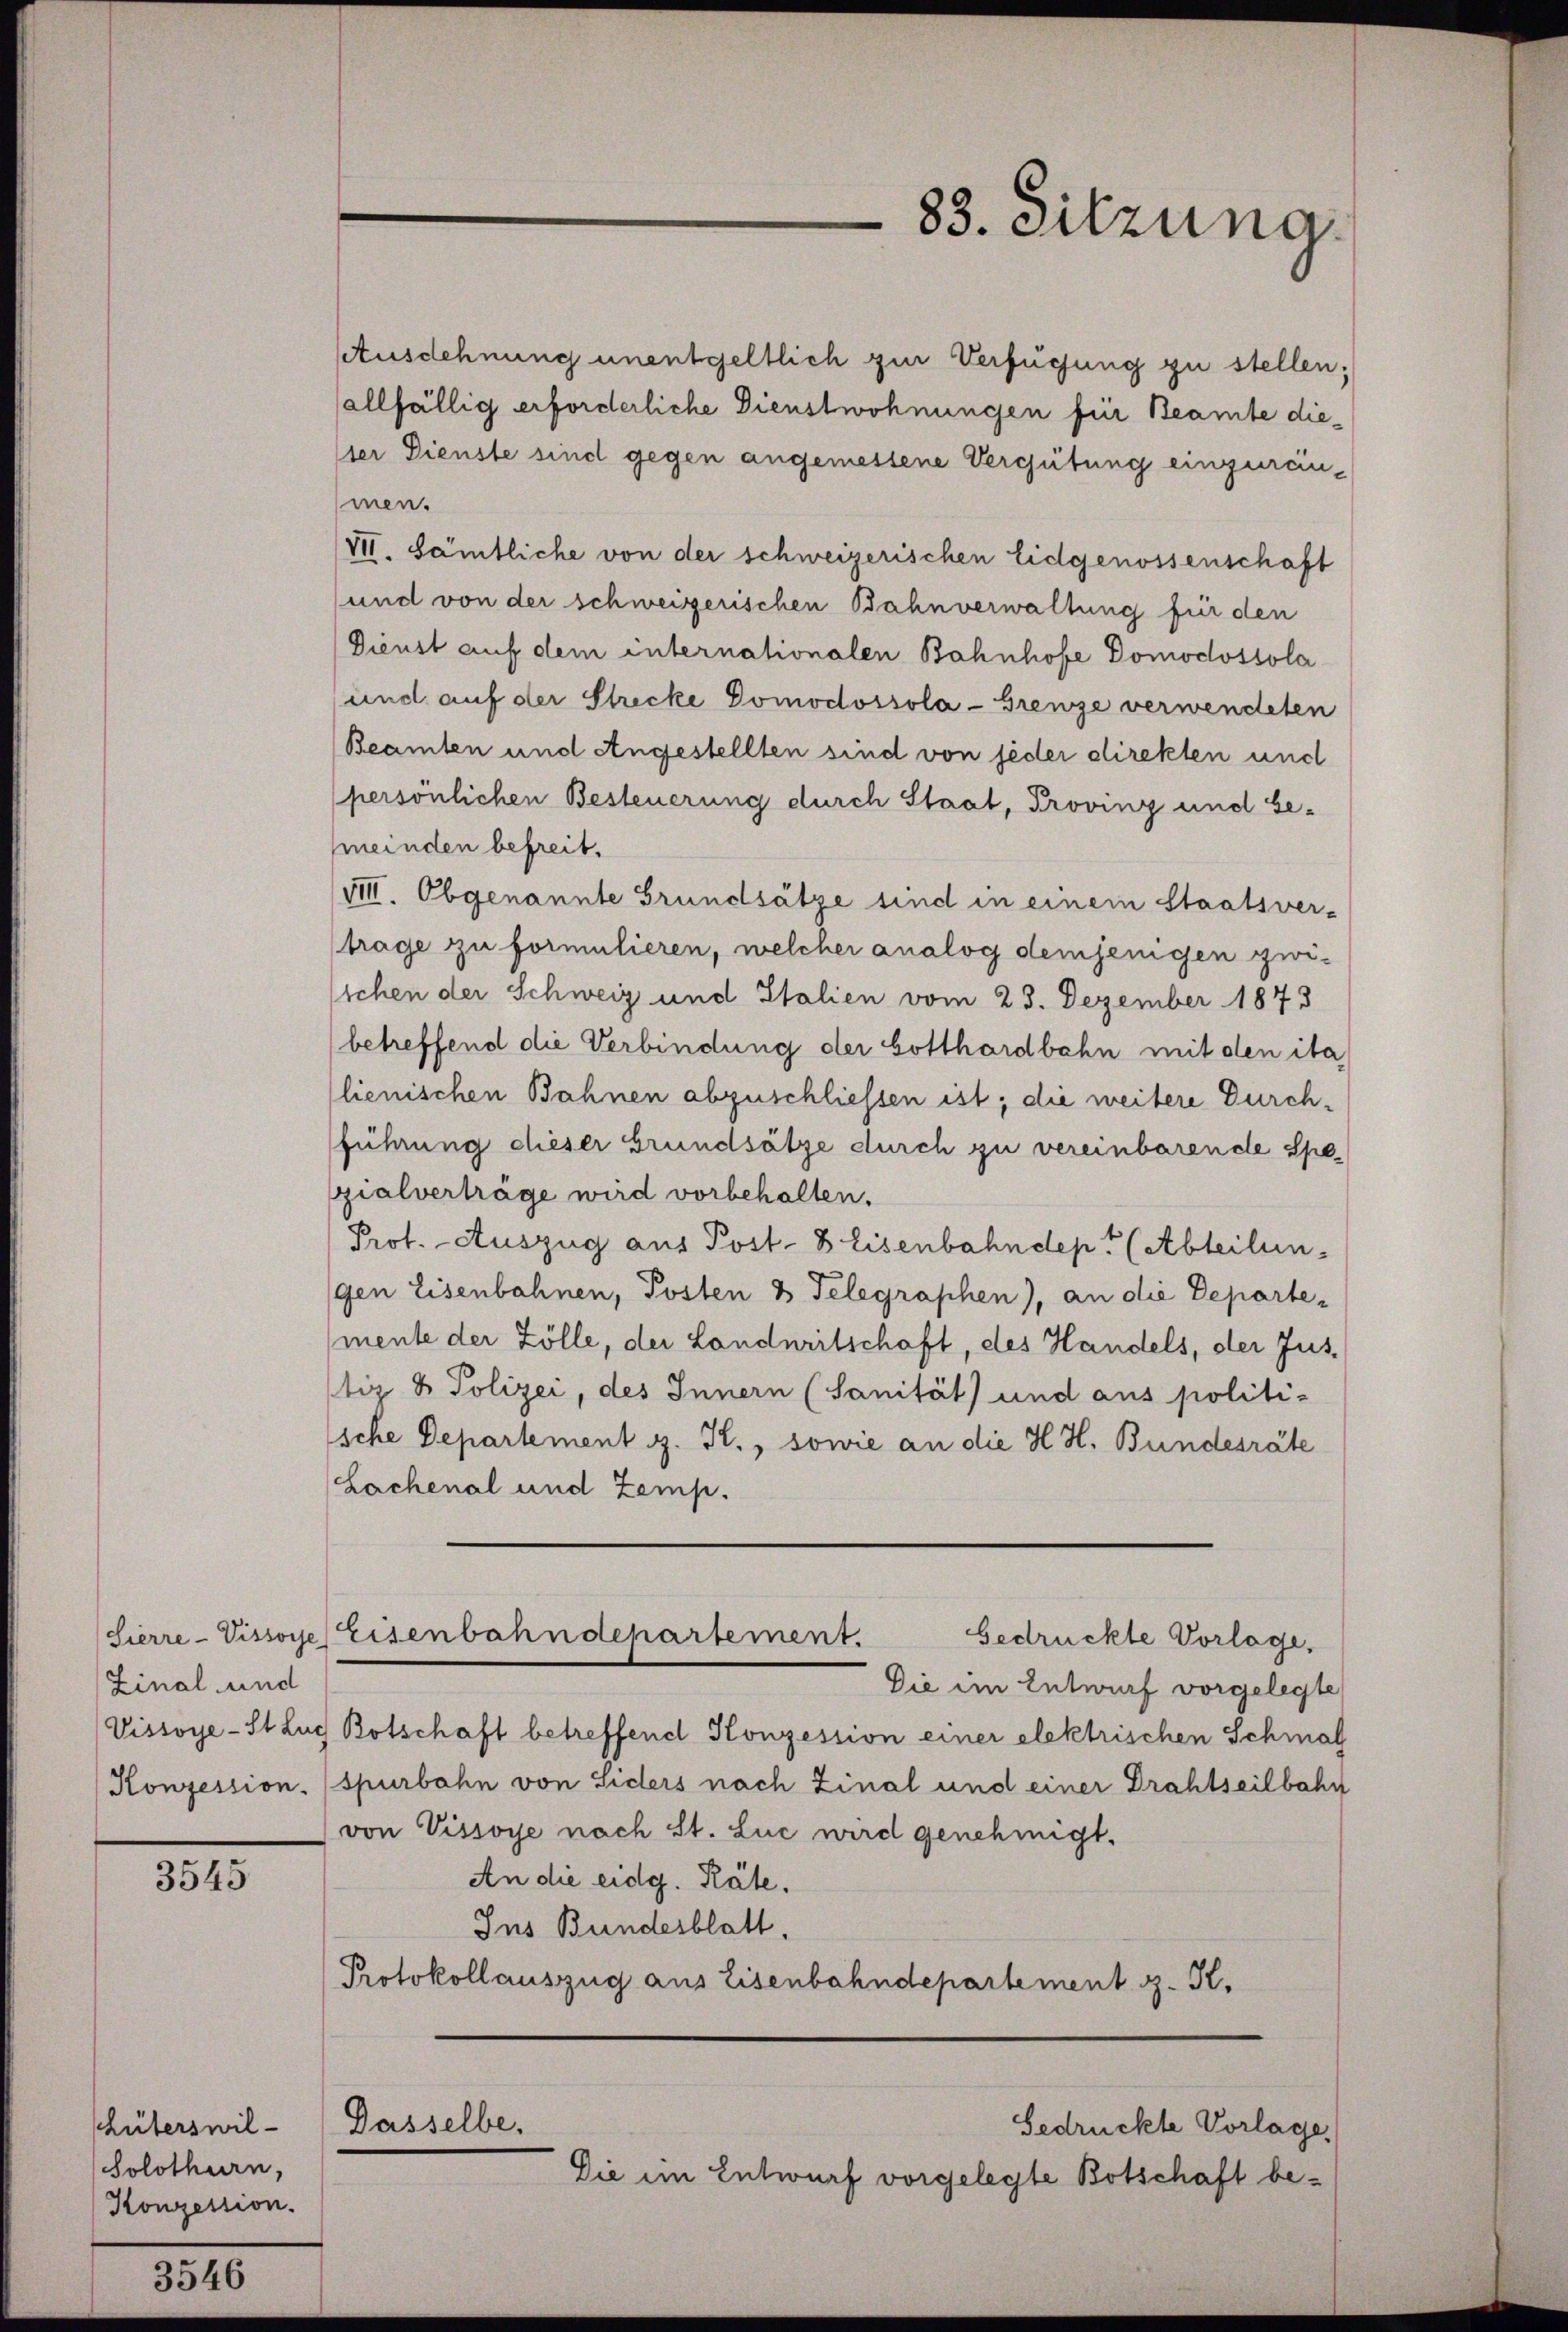
Zinal und
Vissoye-St Lis
Konzession.

3545

hüterswil-
Solothurn,
Konzession.

3546

83. Sitzung

Ausdehnung unentgeltlich zur Verfügung zu stellen;
allfällig erforderliche Dienstwohnungen für Beamte dielter Dienste sind gegen angemessene Vergütung einzureinmen.
VII. Sämtliche von der schweizerischen Eidgenossenschaft
und von der schweizerischen Bahnverwaltung für den
Dienst auf dem internationalen Bahnhofe Domodossola
und auf der Strecke Domodossola-Grenze verwendeten
Beamten und Angestellten sind von jeder direkten und
persönlichen Besteuerung durch Staat, Proving und be-
(meinden befreit.
VIII. Obgenannte Grundsätze sind in einem Staatsver-
trage zu formulieren, welcher analog demjenigen zwi-
stchen der Schweiz und Italien vom 23. Dezember 1873
betreffend die Verbindung der Gotthardbahn mit den ita
lienischen Bahnen abzuschliessen ist; die weitere Durchführung dieser Grundsätze durch zu vereinbarende Spezialverträge wird vorbehalten.
Prot. - Auszug aus Post- & Eisenbahndept (Abteilungen Eisenbahnen, Posten 3 Telegraphen), an die Departe¬
(mente der Zölle, der Landnritschaft, des Handels, der Jus
tiz & Polizei, des Innern (Sanität) und aus politi-
sche Departement z. K., sowie an die H. H. Bundesräte
Lachenal und Zemp.
Sierre-Vissoye Eisenbahndepartement.
Gedrückte Vorlage,
Die im Entwurf vorgelegte
Botschaft betreffend Konzession einer elektrischen Schmal
spurbahn von Siders nach Zinal und einer Drahtseilbahn
von Vissoye nach St. Luc wird genehmigt.
An die eidg. Räte.
Ins Bundesblatt,
Protokollauszug aus Eisenbahndepartement z. K.

Dasselbe.
Gedrückte Vorlage
Die im Entwurf vorgelegte Botschaft be¬